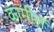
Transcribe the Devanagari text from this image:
कामीलं